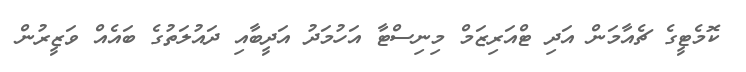
ކޮމެޓީގެ ޗެއާމަން އަދި ޓްއަރިޒަމް މިނިސްޓާ އަހުމަދު އަދީބާއި ދައުލަތުގެ ބައެއް ވަޒީރުން